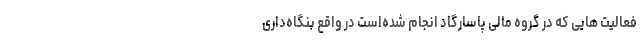
فعالیت­ هایی که در گروه مالی پاسارگاد انجام شده‌است در واقع بنگاه‌داری